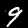
Label: 9